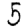
Digit: 5